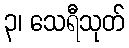
၃၊ သေရီသုတ်